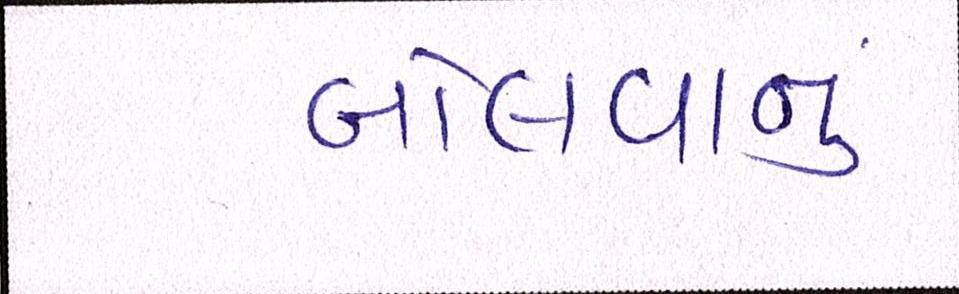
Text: બોલવાનું